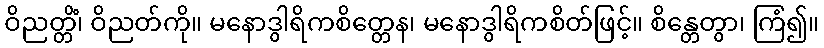
ဝိညတ္တိံ၊ ဝိညတ်ကို။ မနောဒွါရိကစိတ္တေန၊ မနောဒွါရိကစိတ်ဖြင့်။ စိန္တေတွာ၊ ကြံ၍။